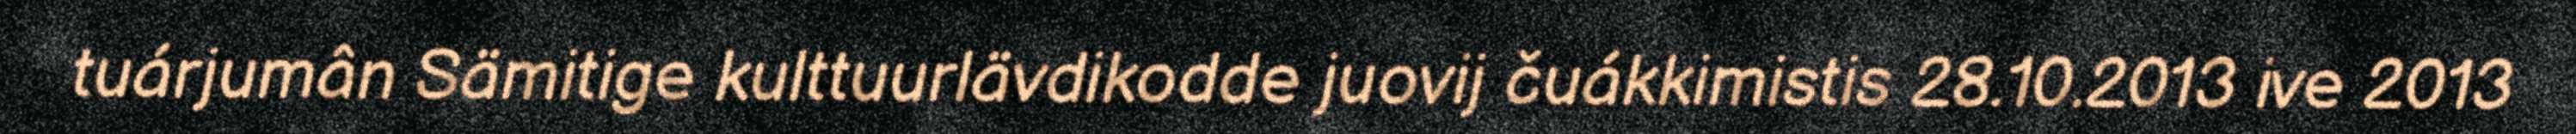
tuárjumân Sämitige kulttuurlävdikodde juovij čuákkimistis 28.10.2013 ive 2013